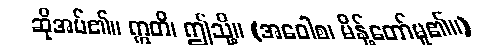
ဆိုအပ်၏။ ဣတိ၊ ဤသို့။ (အဝေါစ၊ မိန့်တော်မူ၏။)